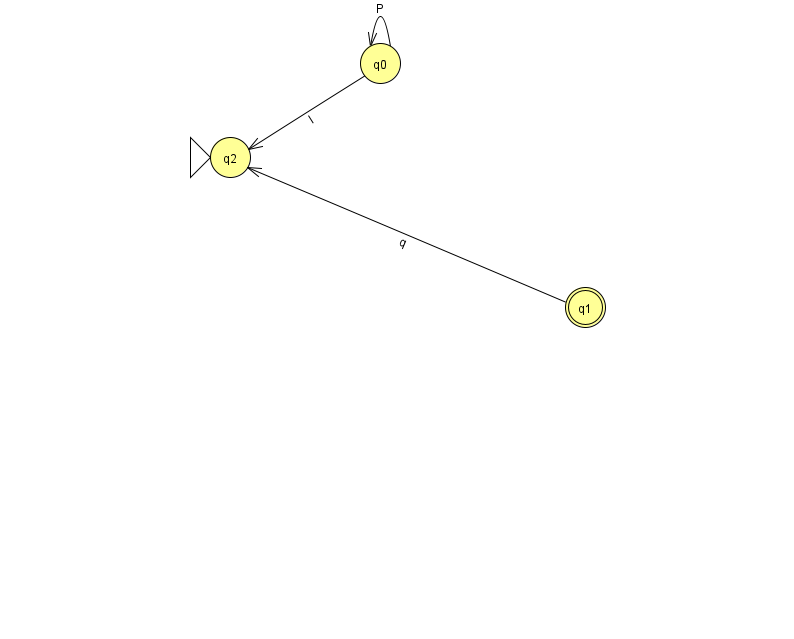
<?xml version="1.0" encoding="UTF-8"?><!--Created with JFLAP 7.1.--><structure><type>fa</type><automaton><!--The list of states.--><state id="0" name="q0"><x>380.0</x><y>50.0</y></state><state id="1" name="q1"><x>585.0</x><y>294.0</y><final/></state><state id="2" name="q2"><x>230.0</x><y>144.0</y><initial/></state><!--The list of transitions.--><transition><from>0</from><to>0</to><read>P</read></transition><transition><from>1</from><to>2</to><read>q</read></transition><transition><from>0</from><to>2</to><read>I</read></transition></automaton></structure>